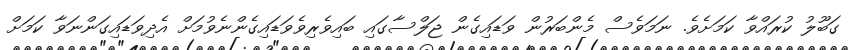
ގަބޫލު ކުރައްވާ ކަމަށެވެ. ނަމަވެސް މެންބަރުން ވަޑައިގެން ޖަލްސާގައި ބައިވެރިވެވަޑައިގެންނެވުމަށް އެދިވަޑައިގަންނަވާ ކަމަށް